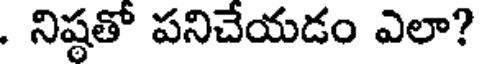
. నిష్ఠతో పనిచేయడం ఎలా?